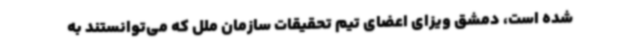
شده است، دمشق ویزای اعضای تیم تحقیقات سازمان ملل که می‌توانستند به